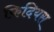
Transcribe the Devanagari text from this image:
फिदियस